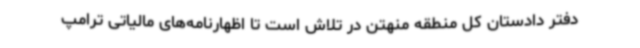
دفتر دادستان کل منطقه منهتن در تلاش است تا اظهارنامه‌های مالیاتی ترامپ